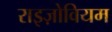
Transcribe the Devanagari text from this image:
राइज़ोवियम